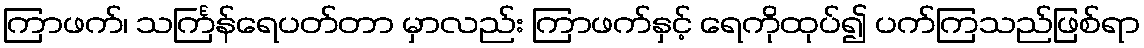
ကြာဖက်၊ သင်္ကြန်ရေပတ်တာ မှာလည်း ကြာဖက်နှင့် ရေကိုထုပ်၍ ပက်ကြသည်ဖြစ်ရာ